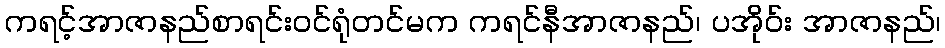
ကရင့်အာဇာနည်စာရင်းဝင်ရုံတင်မက ကရင်နီအာဇာနည်၊ ပအိုဝ်း အာဇာနည်၊